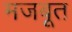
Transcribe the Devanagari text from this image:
मजबूूत